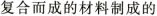
复合而成的材料制成的